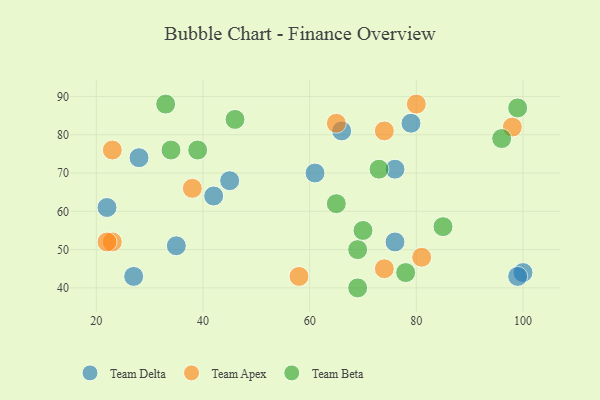
{"axis": {"x": "GDP", "y": "Life Expectancy"}, "legend": ["Team Apex", "Team Beta", "Team Delta"], "data": [{"x": "100", "y": 44, "type": "Team Delta"}, {"x": "61", "y": 70, "type": "Team Delta"}, {"x": "42", "y": 64, "type": "Team Delta"}, {"x": "76", "y": 71, "type": "Team Delta"}, {"x": "76", "y": 52, "type": "Team Delta"}, {"x": "99", "y": 43, "type": "Team Delta"}, {"x": "45", "y": 68, "type": "Team Delta"}, {"x": "22", "y": 61, "type": "Team Delta"}, {"x": "35", "y": 51, "type": "Team Delta"}, {"x": "27", "y": 43, "type": "Team Delta"}, {"x": "79", "y": 83, "type": "Team Delta"}, {"x": "28", "y": 74, "type": "Team Delta"}, {"x": "66", "y": 81, "type": "Team Delta"}, {"x": "23", "y": 76, "type": "Team Apex"}, {"x": "98", "y": 82, "type": "Team Apex"}, {"x": "58", "y": 43, "type": "Team Apex"}, {"x": "74", "y": 81, "type": "Team Apex"}, {"x": "38", "y": 66, "type": "Team Apex"}, {"x": "81", "y": 48, "type": "Team Apex"}, {"x": "80", "y": 88, "type": "Team Apex"}, {"x": "74", "y": 45, "type": "Team Apex"}, {"x": "65", "y": 83, "type": "Team Apex"}, {"x": "23", "y": 52, "type": "Team Apex"}, {"x": "22", "y": 52, "type": "Team Apex"}, {"x": "96", "y": 79, "type": "Team Beta"}, {"x": "78", "y": 44, "type": "Team Beta"}, {"x": "85", "y": 56, "type": "Team Beta"}, {"x": "65", "y": 62, "type": "Team Beta"}, {"x": "69", "y": 40, "type": "Team Beta"}, {"x": "46", "y": 84, "type": "Team Beta"}, {"x": "39", "y": 76, "type": "Team Beta"}, {"x": "99", "y": 87, "type": "Team Beta"}, {"x": "73", "y": 71, "type": "Team Beta"}, {"x": "69", "y": 50, "type": "Team Beta"}, {"x": "70", "y": 55, "type": "Team Beta"}, {"x": "33", "y": 88, "type": "Team Beta"}, {"x": "34", "y": 76, "type": "Team Beta"}]}